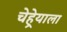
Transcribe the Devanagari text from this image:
चेहेर्‍याला